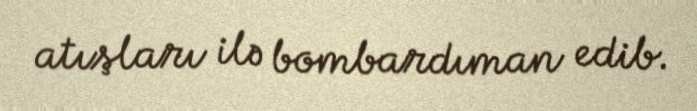
atışları ilə bombardıman edib.